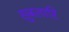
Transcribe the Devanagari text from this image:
सुबलारि